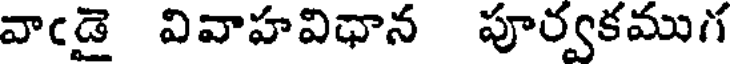
వాఁడై వివాహవిధాన పూర్వకముగ